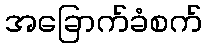
အခြောက်ခံစက်